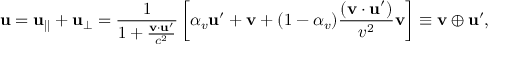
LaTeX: \mathbf { u } = \mathbf { u } _ { \parallel } + \mathbf { u } _ { \perp } = { \frac { 1 } { 1 + { \frac { \mathbf { v } \cdot \mathbf { u } ^ { \prime } } { c ^ { 2 } } } } } \left[ \alpha _ { v } \mathbf { u } ^ { \prime } + \mathbf { v } + ( 1 - \alpha _ { v } ) { \frac { ( \mathbf { v } \cdot \mathbf { u } ^ { \prime } ) } { v ^ { 2 } } } \mathbf { v } \right] \equiv \mathbf { v } \oplus \mathbf { u } ^ { \prime } ,